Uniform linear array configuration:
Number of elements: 24
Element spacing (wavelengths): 1
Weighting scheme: blackman
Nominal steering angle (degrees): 60
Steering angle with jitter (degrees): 60.937
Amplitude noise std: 0.05
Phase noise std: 0.05

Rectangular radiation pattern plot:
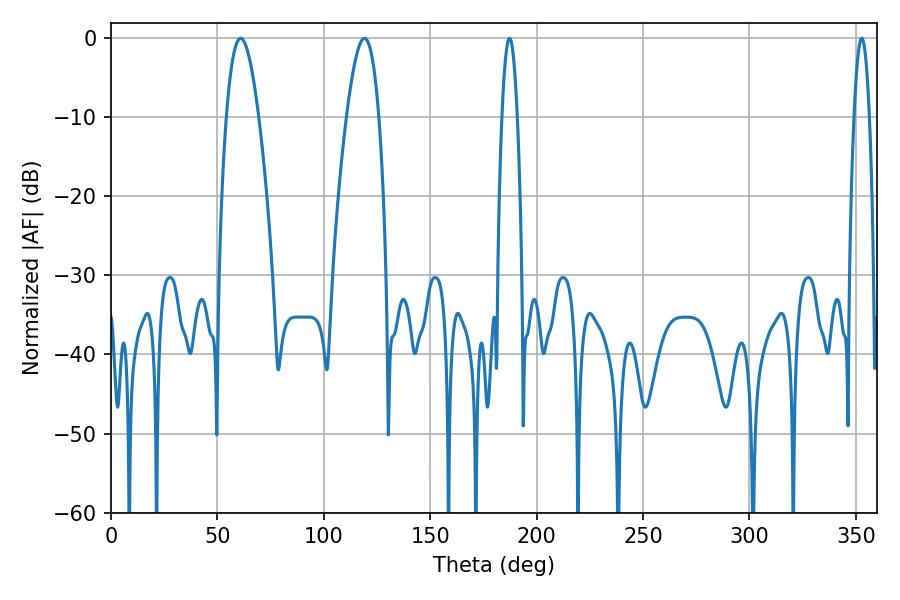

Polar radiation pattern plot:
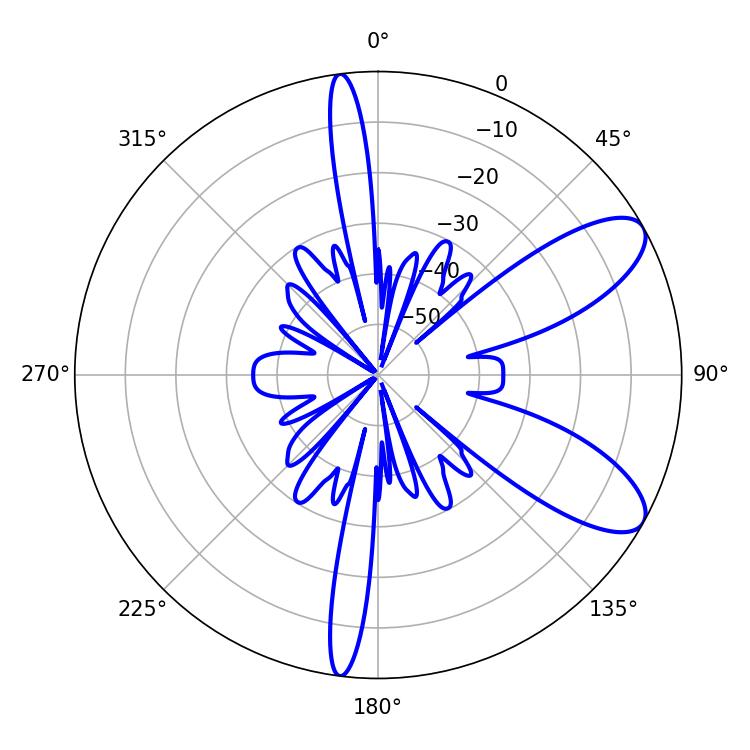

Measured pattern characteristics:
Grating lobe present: TRUE
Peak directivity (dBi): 8.948
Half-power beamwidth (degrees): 8.28
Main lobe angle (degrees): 60.84